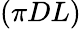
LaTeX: (\pi DL)